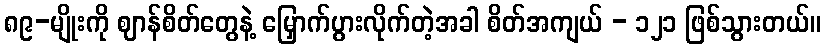
၈၉-မျိုးကို ဈာန်စိတ်တွေနဲ့ မြှောက်ပွားလိုက်တဲ့အခါ စိတ်အကျယ် - ၁၂၁ ဖြစ်သွားတယ်။